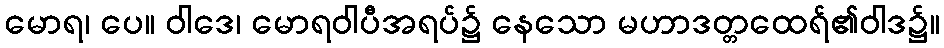
မောရ၊ ပေ။ ဝါဒေ၊ မောရဝါပီအရပ်၌ နေသော မဟာဒတ္တထေရ်၏ဝါဒ၌။